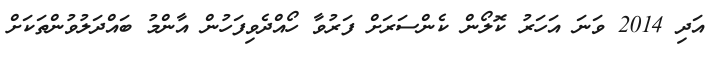
އަދި 2014 ވަނަ އަހަރު ކޮލޯން ކެންސަރަށް ފަރުވާ ހޯއްދެވިފަހުން އާންމު ބައްދަލުވުންތަކަށް